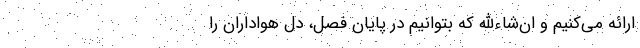
ارائه می‌کنیم و ان‌شاءالله که بتوانیم در پایان فصل، دل هواداران را